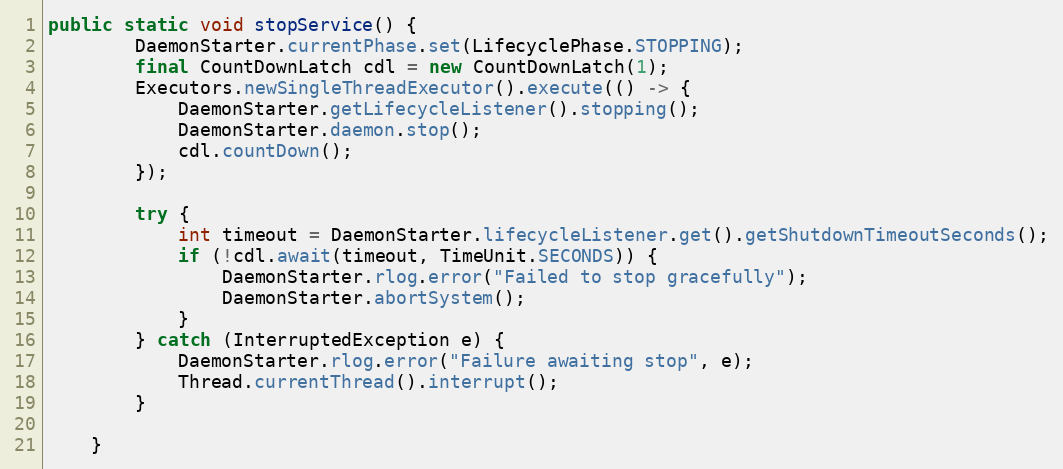
Language: Java
public static void stopService() {
        DaemonStarter.currentPhase.set(LifecyclePhase.STOPPING);
        final CountDownLatch cdl = new CountDownLatch(1);
        Executors.newSingleThreadExecutor().execute(() -> {
            DaemonStarter.getLifecycleListener().stopping();
            DaemonStarter.daemon.stop();
            cdl.countDown();
        });

        try {
            int timeout = DaemonStarter.lifecycleListener.get().getShutdownTimeoutSeconds();
            if (!cdl.await(timeout, TimeUnit.SECONDS)) {
                DaemonStarter.rlog.error("Failed to stop gracefully");
                DaemonStarter.abortSystem();
            }
        } catch (InterruptedException e) {
            DaemonStarter.rlog.error("Failure awaiting stop", e);
            Thread.currentThread().interrupt();
        }

    }